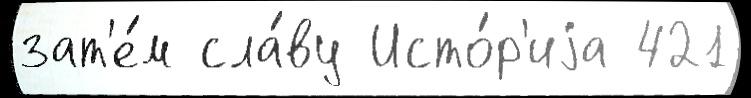
зат'е́м сла́ву Исто́р'иjа 421